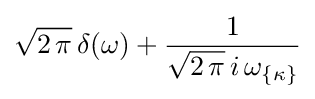
{\sqrt {2\,\pi }}\,\delta (\omega )+{1 \over {\sqrt {2\,\pi }}\,i\,\omega _{\{\kappa \}}}